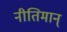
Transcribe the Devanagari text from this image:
नीतिमान्